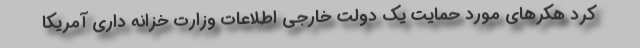
کرد هکرهای مورد حمایت یک دولت خارجی اطلاعات وزارت خزانه داری آمریکا